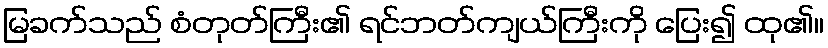
မြခက်သည် စံတုတ်ကြီး၏ ရင်ဘတ်ကျယ်ကြီးကို ပြေး၍ ထု၏။